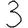
Digit: 3